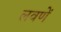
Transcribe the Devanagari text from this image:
लवणें